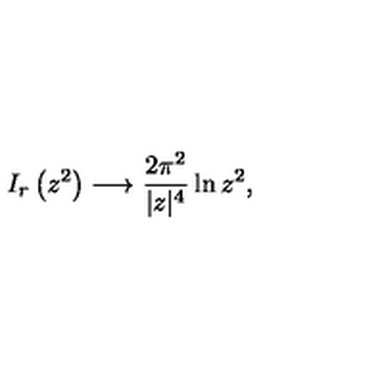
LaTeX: I _ { r } \left( z ^ { 2 } \right) \longrightarrow \frac { 2 \pi ^ { 2 } } { | z | ^ { 4 } } \ln z ^ { 2 } ,